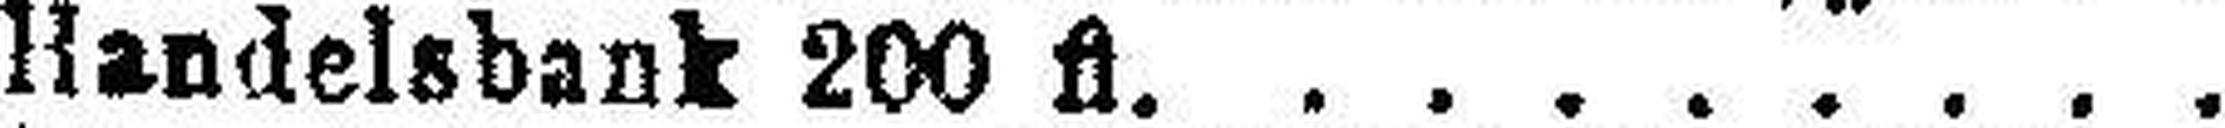
Handelsbank 200 fl.